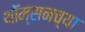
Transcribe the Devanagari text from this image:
थॉम्सनच्या